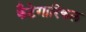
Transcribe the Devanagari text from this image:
कैटेगारिकल